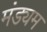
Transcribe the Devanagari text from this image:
मंड्यम